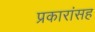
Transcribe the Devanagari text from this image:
प्रकारांसह